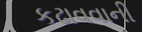
કઢાવવાની